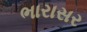
ભારાસર